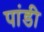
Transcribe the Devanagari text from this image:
पांडी